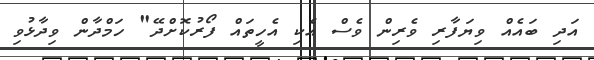
އަދި ބައެއް ވިޔަފާރި ވެރިން ވެސް އެކި އެހީތައް ފޯރުކޮށްދޭ" ހަމްދާން ވިދާޅުވި